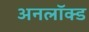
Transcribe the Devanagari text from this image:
अनलॉक्ड